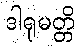
ဒါရုမတ္တိ